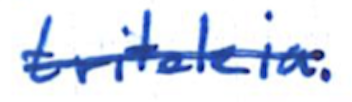
Text: triteleia.
Cross-out: single-line
Writing tool: ballpoint